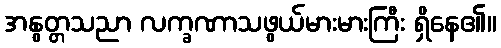
အနွတ္တသညာ လက္ခဏာသဖွယ်မားမားကြီး ရှိနေ၏။